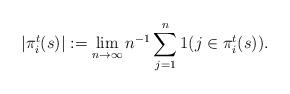
LaTeX: \begin{align*}|\pi^t_i(s)| := \lim_{n \to \infty} n^{-1} \sum_{j=1}^n 1(j \in \pi^t_i(s)). \end{align*}